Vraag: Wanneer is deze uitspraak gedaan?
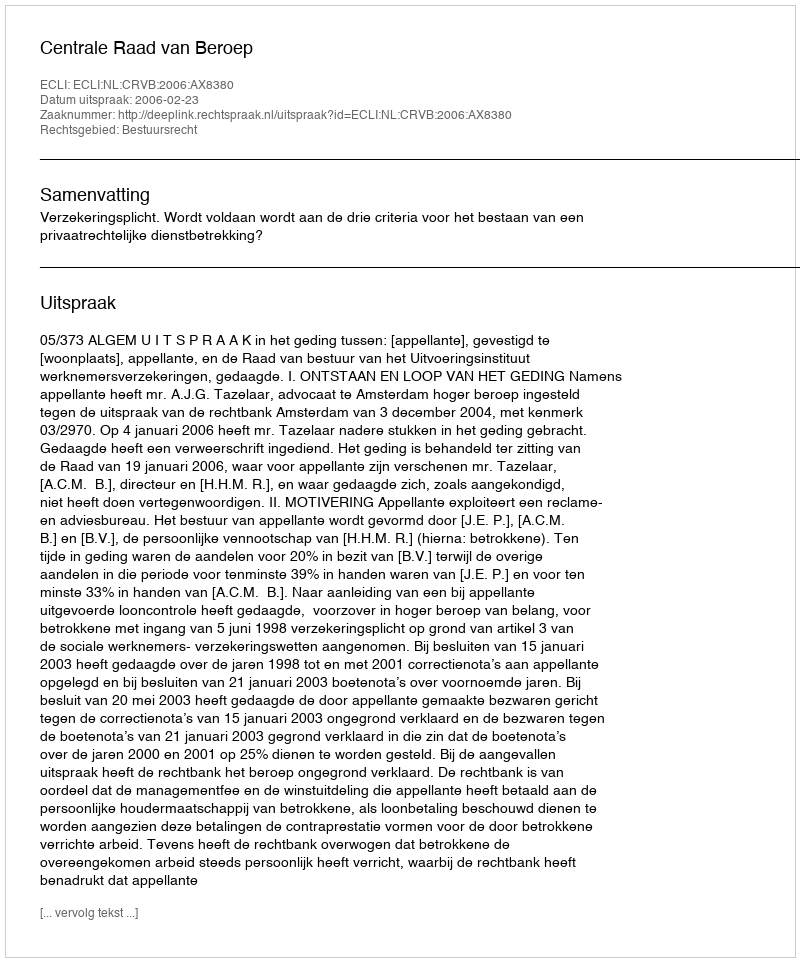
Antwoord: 2006-02-23